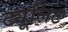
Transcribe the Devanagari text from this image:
ट्यूलिट